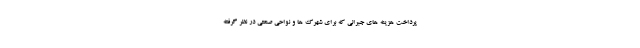
پرداخت هزینه های جبرانی که برای شهرک ها و نواحی صنعتی در نظر گرفته